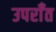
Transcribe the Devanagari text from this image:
उपराँत